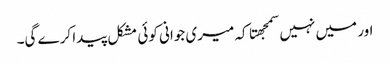
اور میں نہیں سمجهتا کہ میری جوانی کوئی مشکل پیدا کرے گی۔